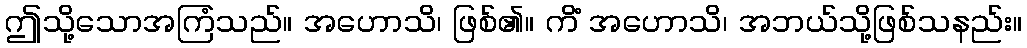
ဤသို့သောအကြံသည်။ အဟောသိ၊ ဖြစ်၏။ ကိံ အဟောသိ၊ အဘယ်သို့ဖြစ်သနည်း။